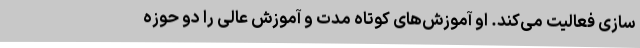
سازی فعالیت می‌کند. او آموزش‌های کوتاه مدت و آموزش عالی را دو حوزه